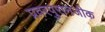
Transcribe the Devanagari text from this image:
प्रवरपुरानजीक